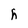
Character: h